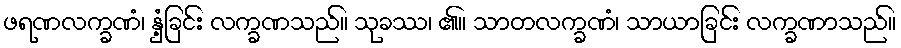
ဖရဏလက္ခဏံ၊ နှံ့ခြင်း လက္ခဏသည်။ သုခဿ၊ ၏။ သာတလက္ခဏံ၊ သာယာခြင်း လက္ခဏာသည်။